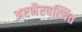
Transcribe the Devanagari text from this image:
अष्टभैरवस्थित